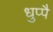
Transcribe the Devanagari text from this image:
धुप्पै